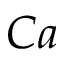
C a